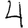
Digit: 4